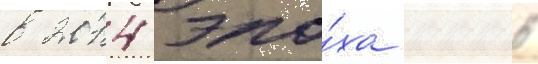
в 2014 эпо́ха 2005